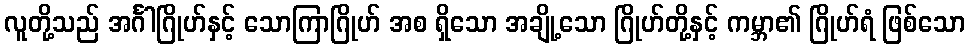
လူတို့သည် အင်္ဂါဂြိုဟ်နှင့် သောကြာဂြိုဟ် အစ ရှိသော အချို့သော ဂြိုဟ်တို့နှင့် ကမ္ဘာ၏ ဂြိုဟ်ရံ ဖြစ်သော